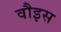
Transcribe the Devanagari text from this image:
वौइस